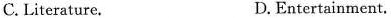
C. Literature. D.Entertainment,